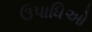
ઉપાધિઓ